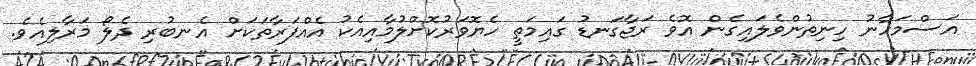
އަސްމަހާނު ހިނިތުންވެލައިގެން އޮވެ ރަޖާގަނޑު ގައިމަތީ ހެޔޮވަރުކޮށްލުމާއިއެކު އެއްފަރާތަކަށް އެނބުރި ދެލޯ މަރާލިއެވެ.